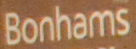
Bonhams